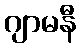
ဂျာမနီ